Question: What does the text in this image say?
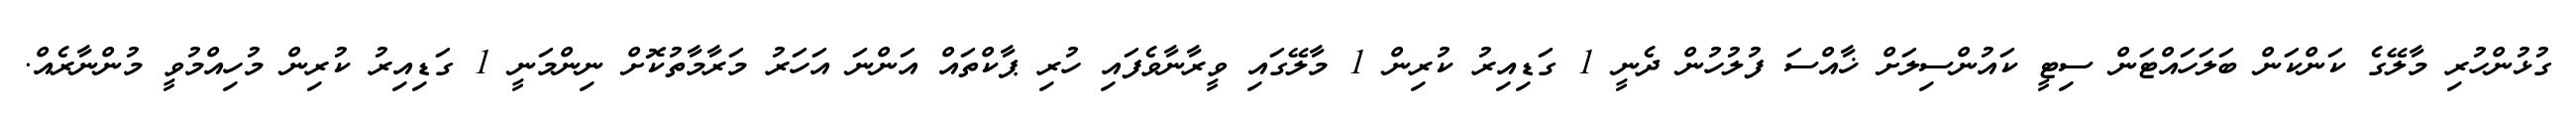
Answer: ގުޅުންހުރި މާލޭގެ ކަންކަން ބަލަހައްޓަން ސިޓީ ކައުންސިލަށް ޚާއްސަ ފުލުހުން ދެނީ 1 ގަޑިއިރު ކުރިން 1 މާލޭގައި ވީރާނާވެފައި ހުރި ޕާކްތައް އަންނަ އަހަރު މަރާމާތުކޮށް ނިންމަނީ 1 ގަޑިއިރު ކުރިން މުހިއްމުވީ މުންނާރެއް.